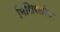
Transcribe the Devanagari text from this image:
मिसिरलोउ